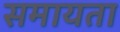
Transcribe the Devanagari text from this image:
समायता